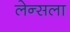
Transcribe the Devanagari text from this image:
लेन्सला